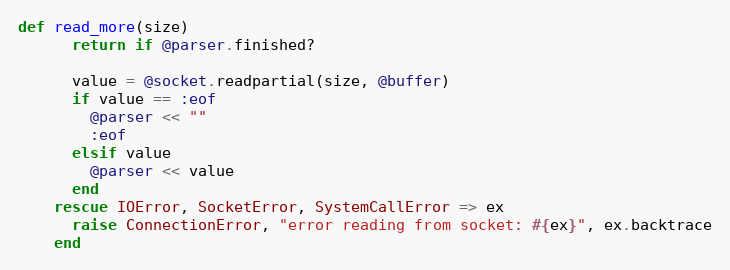
Language: Ruby
def read_more(size)
      return if @parser.finished?

      value = @socket.readpartial(size, @buffer)
      if value == :eof
        @parser << ""
        :eof
      elsif value
        @parser << value
      end
    rescue IOError, SocketError, SystemCallError => ex
      raise ConnectionError, "error reading from socket: #{ex}", ex.backtrace
    end